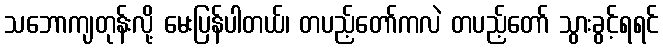
သဘောကျတုန်းလို့ မေးပြန်ပါတယ်၊ တပည့်တော်ကလဲ တပည့်တော် သွားခွင့်ရရင်